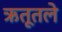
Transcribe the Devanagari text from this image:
ऋतूतले